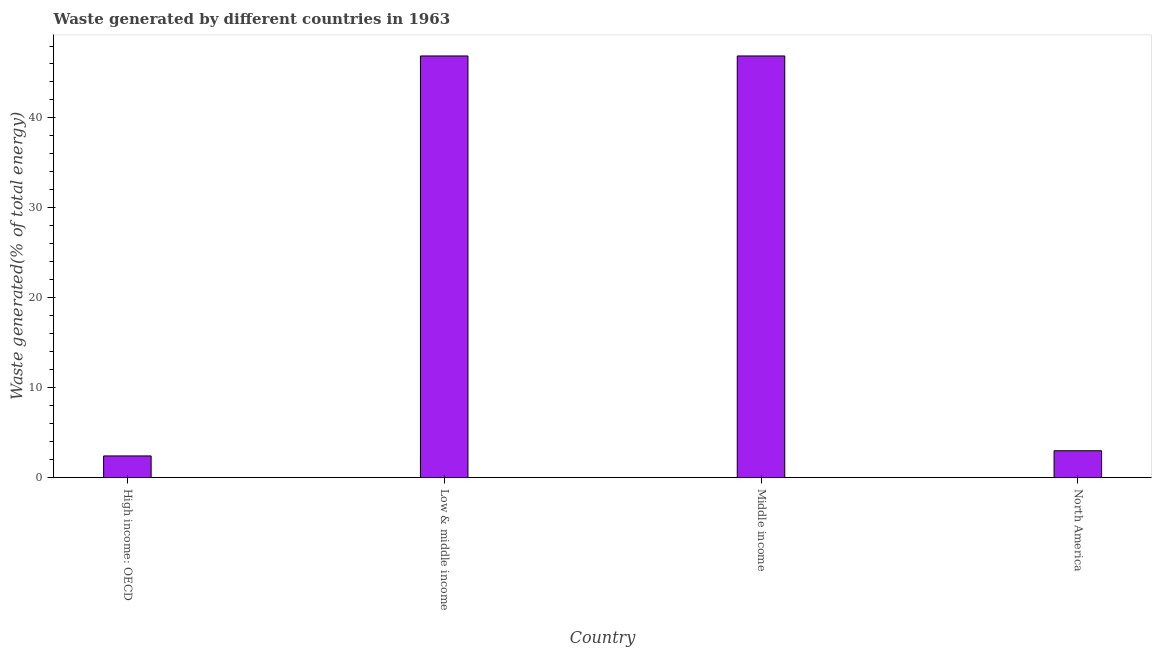
| Country | Combustible renewables and waste (% of total energy) |
 | --- | --- |
 | High income: OECD | 2.41 |
 | Low & middle income | 46.9 |
 | Middle income | 46.9 |
 | North America | 2.99 |